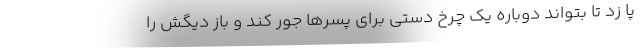
پا زد تا بتواند دوباره یک چرخ دستی برای پسرها جور کند و باز دیگش را